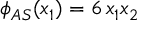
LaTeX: \phi _ { A S } ( x _ { 1 } ) = 6 \, x _ { 1 } x _ { 2 }